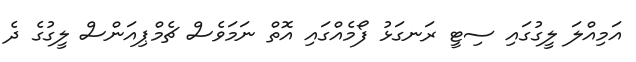
އަމިއްލަ ލީގުގައި ސިޓީ ރަނގަޅު ފޯމެއްގައި އޮތް ނަމަވެސް ޗެމްޕިއަންސް ލީގުގެ ދެ